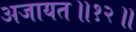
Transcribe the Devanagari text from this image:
अजायत॥१२॥